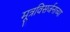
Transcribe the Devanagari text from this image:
मूत्रविसर्जनाच्या